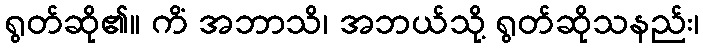
ရွတ်ဆို၏။ ကိံ အဘာသိ၊ အဘယ်သို့ ရွတ်ဆိုသနည်း၊